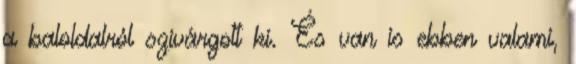
a baloldalról szivárgott ki. És van is ebben valami,